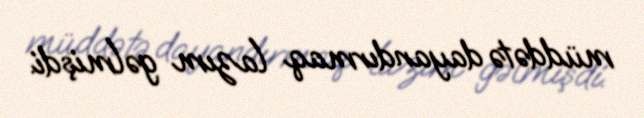
müddətə dayandırmaq lazım gəlmişdi.